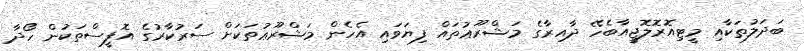
ބަދަލުތަކާއި މީޓިއޮރޮލޮޖީއާބެހޭ ދާއިރާގެ މަޝްރޫޢުތައް ފިޔަވައި އެހެން މަޝްރޫޢުތަކަށް ސަރުކާރުގެ އޮފީސްތަކުން ހޯދާ